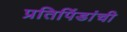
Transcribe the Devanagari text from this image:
प्रतिपिंडांची